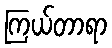
ကြယ်တာရာ